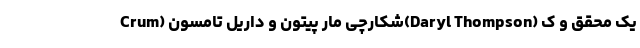
Crum) شکارچی مار پیتون و داریل تامسون(Daryl Thompson) یک محقق و ک